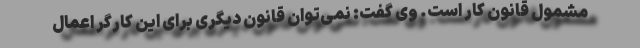
مشمول قانون کار است. وی گفت: نمی‌توان قانون دیگری برای این کارگر اعمال